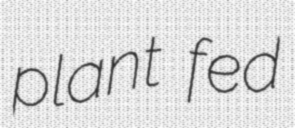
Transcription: plant fed